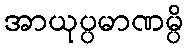
အာယုပ္ပမာဏမ္ပိ